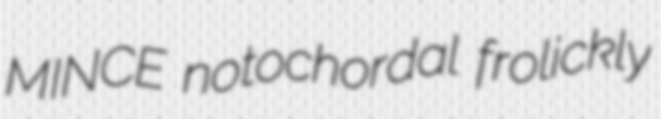
MINCE notochordal frolickly